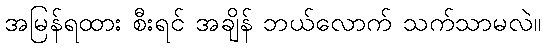
အမြန်ရထား စီးရင် အချိန် ဘယ်လောက် သက်သာမလဲ။